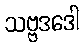
သဗ္ဗဒဒေါ